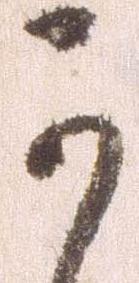
可